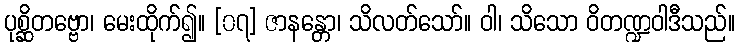
ပုစ္ဆိတဗ္ဗော၊ မေးထိုက်၍။ [၀၇] ဇာနန္တော၊ သိလတ်သော်။ ဝါ၊ သိသော ဝိတဏ္ဍဝါဒီသည်။